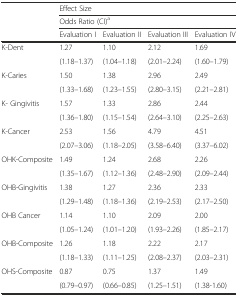
| <ROWSPAN=3>  | <COLSPAN=4> Effect Size |
 | <COLSPAN=4> Odds Ratio (CI)a |
 | Evaluation I | Evaluation II | Evaluation III | Evaluation IV |
 | --- | --- | --- | --- | --- |
 | <ROWSPAN=2> K-Dent | 1.27 | 1.10 | 2.12 | 1.69 |
 | (1.18–1.37) | (1.04–1.18) | (2.01–2.24) | (1.60–1.79) |
 | <ROWSPAN=2> K-Caries | 1.50 | 1.38 | 2.96 | 2.49 |
 | (1.33–1.68) | (1.23–1.55) | (2.80–3.15) | (2.21–2.81) |
 | <ROWSPAN=2> K- Gingivitis | 1.57 | 1.33 | 2.86 | 2.44 |
 | (1.36–1.80) | (1.15–1.54) | (2.64–3.10) | (2.25–2.63) |
 | <ROWSPAN=2> K-Cancer | 2.53 | 1.56 | 4.79 | 4.51 |
 | (2.07–3.06) | (1.18–2.05) | (3.58–6.40) | (3.37–6.02) |
 | <ROWSPAN=2> OHK-Composite | 1.49 | 1.24 | 2.68 | 2.26 |
 | (1.35–1.67) | (1.12–1.36) | (2.48–2.90) | (2.09–2.44) |
 | <ROWSPAN=2> OHB-Gingivitis | 1.38 | 1.27 | 2.36 | 2.33 |
 | (1.29–1.48) | (1.18–1.36) | (2.19–2.53) | (2.17–2.50) |
 | <ROWSPAN=2> OHB Cancer | 1.14 | 1.10 | 2.09 | 2.00 |
 | (1.05–1.24) | (1.01–1.20) | (1.93–2.26) | (1.85–2.17) |
 | <ROWSPAN=2> OHB-Composite | 1.26 | 1.18 | 2.22 | 2.17 |
 | (1.18–1.33) | (1.11–1.25) | (2.08–2.37) | (2.03–2.31) |
 | <ROWSPAN=2> OHS-Composite | 0.87 | 0.75 | 1.37 | 1.49 |
 | (0.79–0.97) | (0.66–0.85) | (1.25–1.51) | (1.38-1.60) |